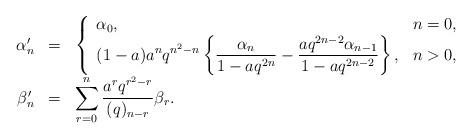
LaTeX: \begin{align*}\begin{array}{rcl}\alpha' _n & = &\left\{ \begin{array}{ll} \alpha_0 , & n=0, \\ \displaystyle (1-a) a^n q^{n^2 -n} \left\{ \frac{\alpha_n}{1-aq^{2n}} - \frac{aq^{2n-2} \alpha_{n-1}}{1-aq^{2n-2}} \right\}, & n>0,\end{array} \right. \\\beta' _n & = &\displaystyle\sum_{r=0}^{n}\frac{a^r q^{r^2 -r}}{(q)_{n-r}} \beta_r .\end{array}\end{align*}